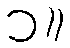
၁။